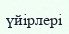
үйірлері